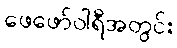
ဖေဖော်ဝါရီအတွင်း